Annual statistical returns and brief notes on vaccination in Bengal - 1909-1929
Year: 1909
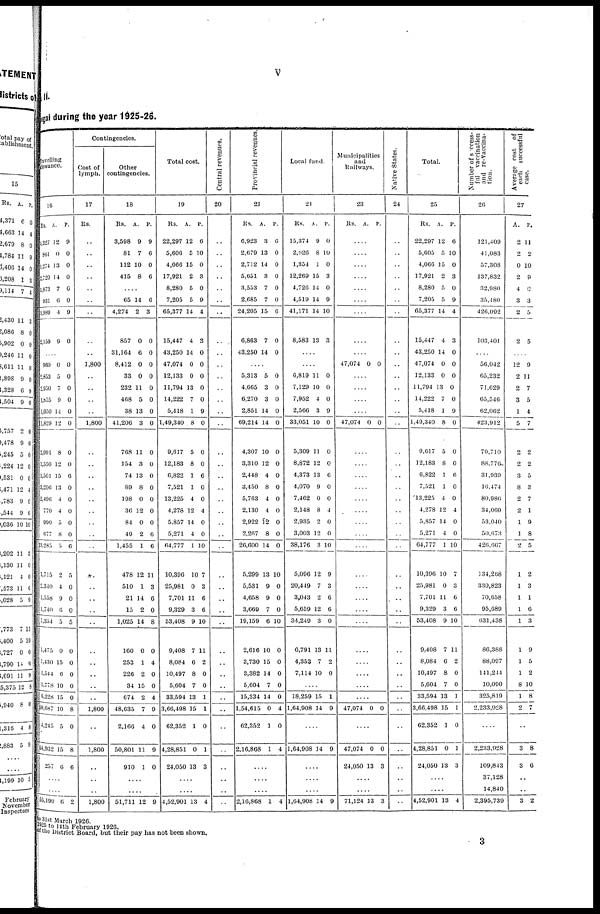
v
II.
gal during the year 1925-26.
Travelling
allowance.
16
Rs.
1,327
861
1,274
2,720
1,873
931
1,989
2,159
A.
12
0
13
14
7
6
4
9
P.
9
0
0
0
6
0
9
0
..
960
2,853
2,950
1,855
1,050
1,829
2,091
1,550
1,501
3,206
2,496
770
990
677
3,285
1,715
2,340
1,558
1,740
7,354
1,475
1,430
1,544
1,778
6,228
50,687
4,245
54,932
257
0
5
7
9
14
12
8
12
15
13
4
4
5
8
5
2
4
9
6
5
0
15
6
10
15
10
5
15
6
0
0
0
0
0
0
0
0
6
0
0
0
0
0
6
5
0
0
0
5
0
0
0
0
0
8
0
8
6
....
....
55,190 6 2
Contingencies.
Cost of
lymph.
17
Rs.
..
..
..
..
..
..
..
..
..
1,800
..
..
..
..
1,800
..
..
..
..
..
..
..
..
..
..
..
..
..
..
..
..
..
..
..
1,800
..
1,800
..
..
..
1,800
Other
contingencies.
18
Rs.
3,598
81
112
415
A.
9
7
10
8
P.
9
6
0
6
..
65
4,274
857
31,164
8,412
33
232
468
38
41,206
768
154
74
89
198
36
84
49
1,455
478
510
21
15
1,025
160
253
226
34
674
48,635
2,166
50,801
910
14
2
0
6
0
0
11
5
13
3
11
3
13
8
0
12
0
2
1
12
1
14
2
14
0
1
2
15
2
7
4
11
1
6
3
0
0
0
0
0
0
0
0
0
0
0
0
0
0
0
6
6
11
3
6
0
8
0
4
0
0
4
9
0
9
0
....
....
51,711 12 9
Total cost.
19
Rs.
22,297
5,606
4,066
17,921
8,280
7,205
65,377
15,447
43,250
47,074
12,133
11,794
14,222
5,418
1,49,340
9,617
12,183
6,822
7,521
13,225
4,278
5,857
5,271
64,777
10,396
25,981
7,701
9,329
53,408
9,408
8,084
10,497
5,604
33,594
3,66,498
62,352
4,28,851
24,050
A.
12
5
15
2
5
5
14
4
14
0
0
13
7
1
8
5
8
1
1
4
12
14
4
1
10
0
11
3
9
7
6
8
7
13
15
1
0
13
P.
6
10
0
3
0
9
4
3
0
0
0
0
0
9
0
0
0
6
0
0
4
0
0
10
7
3
6
6
10
11
2
0
0
1
1
0
1
3
....
....
4,52,901 13 4
Central revenues.
20
..
..
..
..
..
..
..
..
..
..
..
..
..
..
..
..
..
..
..
..
..
..
..
..
..
..
..
..
..
..
..
..
..
..
..
..
..
..
..
..
..
Provincial revenues
21
Rs.
6,923
2,679
2,712
5,651
3,553
2,685
24,205
6,863
43,250
A.
3
13
14
3
7
7
15
7
14
P.
6
0
0
0
0
0
6
0
0
..
5,313
4,665
6,270
2,851
69,214
4,307
3,310
2,448
3,450
5,763
2,130
2,922
2,267
26,600
5,290
5,531
4,658
3,669
19,159
2,616
3,730
3,382
5,604
15,334
1,54,615
62,352
2,16,868
5
3
3
14
14
10
12
4
8
4
4
12
8
14
13
9
9
7
6
10
15
14
7
14
0
1
1
0
0
0
0
0
0
0
0
0
0
0
0
0
0
10
0
0
0
10
0
0
0
0
0
4
0
4
....
....
....
2,16,868 1 4
Local fund.
22
Rs.
15,374
2,926
1,354
12,269
4,726
4,519
41,171
8,583
A.
9
8
1
15
14
14
14
13
P.
0
10
0
3
0
9
10
3
..
..
6,819
7,129
7,952
2,566
33,051
5,309
8,872
4,373
4,070
7,462
2,148
2,935
3,003
38,176
5,096
20,449
3,043
5,659
34,249
6,791
4,353
7,114
11
10
4
3
10
11
12
13
9
0
8
2
12
3
12
7
2
12
3
13
7
10
0
0
0
9
0
0
0
6
0
0
4
0
0
10
9
3
6
6
0
11
2
0
..
18,259
1,64,908
15
14
1
9
....
1,64,908 14 9
....
....
....
1,64,908 14 9
Municipalities
and
Railways.
23
Rs. A. P.
..
..
..
..
..
..
..
..
..
47,074 0 0
..
..
..
..
47,074 0 0
..
..
..
..
..
..
..
..
..
..
..
..
..
..
..
..
..
..
..
47,074 0 0
....
47,074
24,050
0
13
0
3
....
....
71,124 13 3
Native States.
24
..
..
..
..
..
..
..
..
..
..
..
..
..
..
..
..
..
..
..
..
..
..
..
..
..
..
..
..
..
..
..
..
..
..
..
..
..
..
..
..
..
Total.
25
Rs.
22,297
5,605
4,066
17,921
8,280
7,205
65,377
15,447
43,250
47,074
12,133
11,794
14,222
5,418
1,49,340
9,617
12,183
6,822
7,521
13,225
4,278
5,857
5,271
64,777
10,396
25,981
7,701
9,329
53,408
9,408
8,084
10,497
5,604
33,594
3,66,498
62,352
4,28,851
24,050
A.
12
5
15
2
5
5
14
4
14
0
0
13
7
1
8
5
8
1
1
4
12
14
4
1
10
0
11
3
9
7
6
8
7
13
15
1
0
13
P.
6
10
0
3
0
9
4
3
0
0
0
0
0
9
0
0
0
6
0
0
4
0
0
10
7
3
6
6
10
11
2
0
0
1
1
0
1
3
....
....
4,52,901 13 4
Number of success-
ful vaccination
and re-vaccina-
tion.
26
121,409
41,083
57,308
137,832
32,980
35,480
426,092
103,401
..
56,042
65,232
71,629
65,546
62,062
423,912
70,710
88,776
31,939
16,474
80,986
34,069
53,040
50,673
426,667
134,268
330,823
70,658
95,689
631,438
86,388
88,097
141,244
10,090
325,819
2,233,928
....
2,233,928
109,843
37,128
14,840
2,395,739
Average cost of
each
successful
case.
27
A.
2
2
0
2
4
3
2
2
P.
11
2
10
9
0
3
5
5
..
12
2
2
3
1
5
2
2
3
8
2
2
1
1
2
1
1
1
1
1
1
1
1
8
1
2
9
11
7
5
4
7
2
2
5
3
7
1
9
8
5
2
3
1
6
3
9
5
2
10
8
7
....
3
3
8
6
..
..
3 2
to 31st March 1926.
1925 to 14th February 1926.
of the District Board, but their pay has not been shown.
3